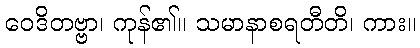
ဝေဒိတဗ္ဗာ၊ ကုန်၏။ သမာနာစရတီတိ၊ ကား။